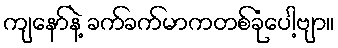
ကျနော်နဲ့ ခက်ခက်မာကတစ်ခုံပေါ့ဗျာ။